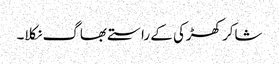
شاکر کھڑکی کے راستے بھاگ نکلا۔